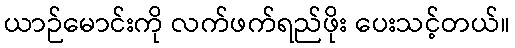
ယာဉ်မောင်းကို လက်ဖက်ရည်ဖိုး ပေးသင့်တယ်။